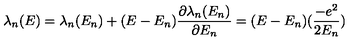
\lambda _ { n } ( E ) = \lambda _ { n } ( E _ { n } ) + ( E - E _ { n } ) \frac { \partial \lambda _ { n } ( E _ { n } ) } { \partial E _ { n } } = ( E - E _ { n } ) ( \frac { - e ^ { 2 } } { 2 E _ { n } } )